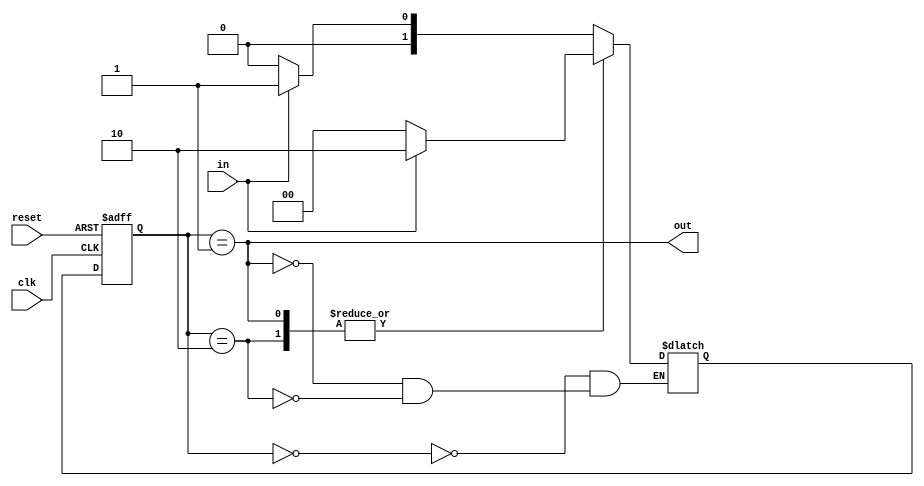
`timescale 1ns / 1ps

module rising_edge(input in, reset, clk, output out);

reg [1:0] state,nextstate;
parameter [1:0] A = 2'b00, B = 2'b01, C = 2'b10;
always@* begin
case(state)
    A: if(in==0) nextstate = A;
        else
            nextstate = B;
    B: if(in==0) nextstate = A;
        else
            nextstate = C;
    C: if(in==0) nextstate = A;
        else
            nextstate = C;
endcase
end
always@(posedge clk , posedge reset)begin
    if(reset==1)
        state <=A;
    else
        state <=nextstate;

end
assign out = (state == B);


endmodule